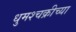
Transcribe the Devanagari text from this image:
धुमश्चक्रीच्या